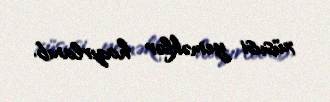
xüsusi yeməklər hazırlanıb.